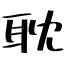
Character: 耽